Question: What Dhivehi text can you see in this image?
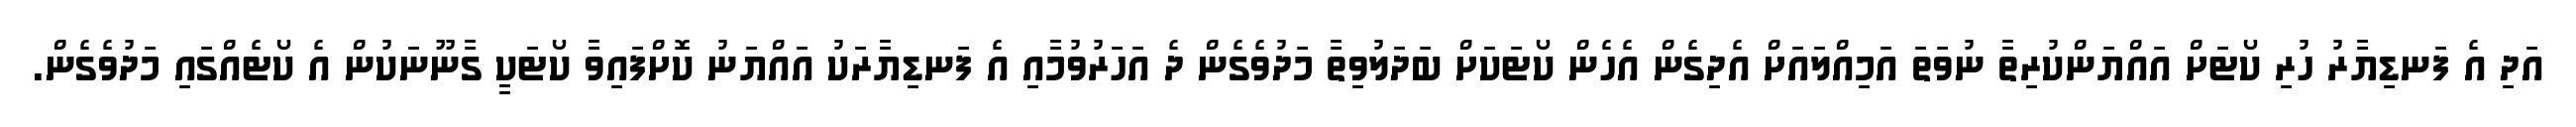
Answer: އަދި އެ ފަނޑިޔާރު ހުރި ކޯޓަށް އައްޔަންކުރިތާ ނުވަތަ އަމިއްލައަށް އެދިގެން އެހެން ކޯޓަކަށް ބަދަލުވިތާ މަދުވެގެން ދެ އަހަރުވުމާއި އެ ފަނޑިޔާރަކު އައްޔަނު ކޮށްފައިވާ ކޯޓަކީ ގާނޫނަކުން އެ ކޯޓެއްގައި މަދުވެގެން.